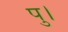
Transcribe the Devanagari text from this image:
पु।